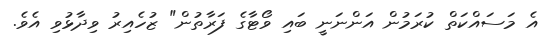
އެ މަސައްކަތް ކުރަމުން އަންނަނީ ބައި ވޯޓާގެ ފަރާތުން" ޒުހެއިރު ވިދާޅުވި އެވެ.